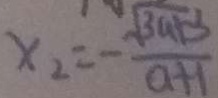
x _ { 2 } = - \frac { \sqrt { 3 a + 3 } } { a + 1 }